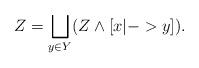
LaTeX: \begin{align*}Z = \bigsqcup_{y \in Y} (Z \wedge [x |-> y]).\end{align*}